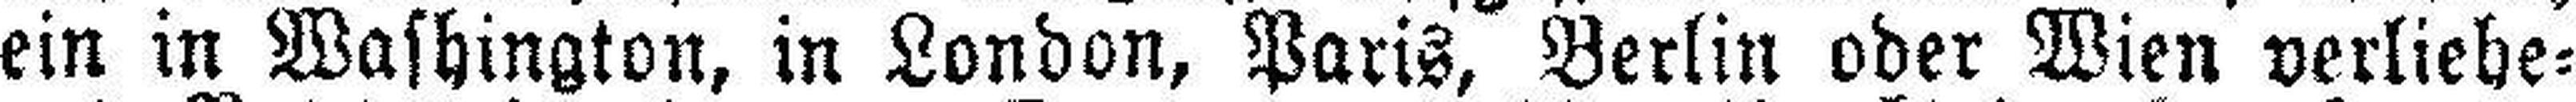
ein in Washington, in London, Paris, Berlin oder Wien verliehe¬